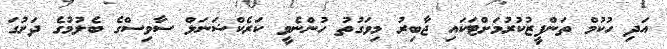
އަދި ހުކުމް ތަންފީޒުކުރުމަށްޓަކައި ޖާބިރު މިވަގުތު ހުންނެވީ ކަރެކްޝަނަލް ސާވިސްގެ ބެލުމުގެ ދަށުގަ